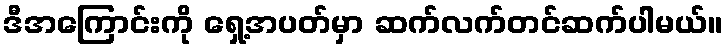
ဒီအကြောင်းကို ရှေ့အပတ်မှာ ဆက်လက်တင်ဆက်ပါမယ်။